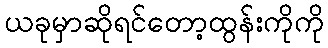
ယခုမှာဆိုရင်တော့ထွန်းကိုကို